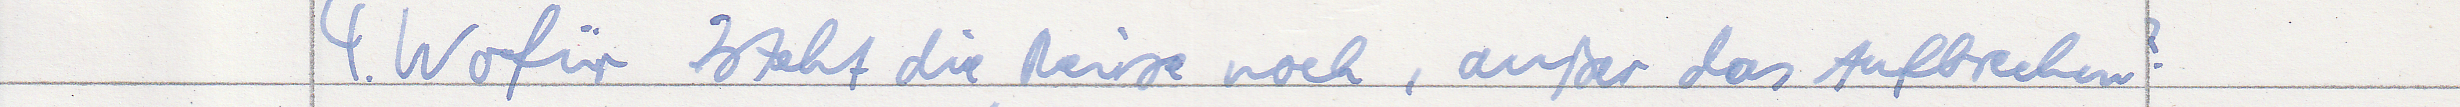
4. Wofür steht die Reise noch, außer das Aufbrechen?